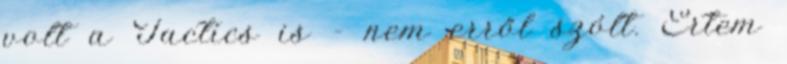
volt a Tactics is - nem erről szólt. Értem